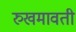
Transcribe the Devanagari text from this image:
रुखमावती